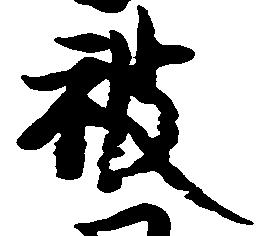
被